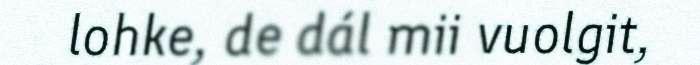
lohke, de dál mii vuolgit,